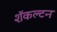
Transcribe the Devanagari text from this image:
शॅकल्टन